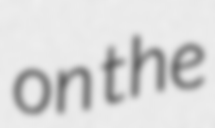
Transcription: on the